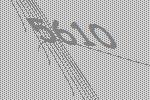
5610